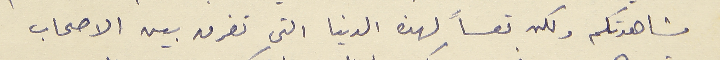
مشاهدتكم ولكن تعساً لهذه الدنيا التي تفرق بين الاصحاب